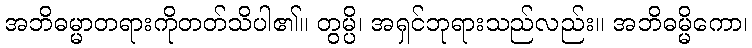
အဘိဓမ္မာတရားကိုတတ်သိပါ၏။ တွမ္ပိ၊ အရှင်ဘုရားသည်လည်း။ အဘိဓမ္မိကော၊